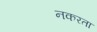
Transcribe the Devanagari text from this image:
नकरता